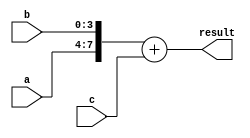
module vector_continuous_assignment (
    input wire [3:0] a,       // 4-bit input signal a
    input wire [3:0] b,       // 4-bit input signal b
    input wire [3:0] c,       // 4-bit input signal c
    output wire [7:0] result  // 8-bit output vector signal
);

// Continuous assignment for the 8-bit result vector
assign result = {a, b} + {4'b0000, c}; // Concatenating a and b, then adding c

endmodule